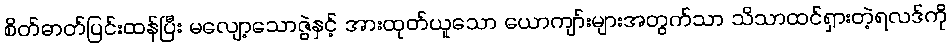
စိတ်ဓာတ်ပြင်းထန်ပြီး မလျော့သောဇွဲနှင့် အားထုတ်ယူသော ယောကျာ်းများအတွက်သာ သိသာထင်ရှားတဲ့ရလဒ်ကို